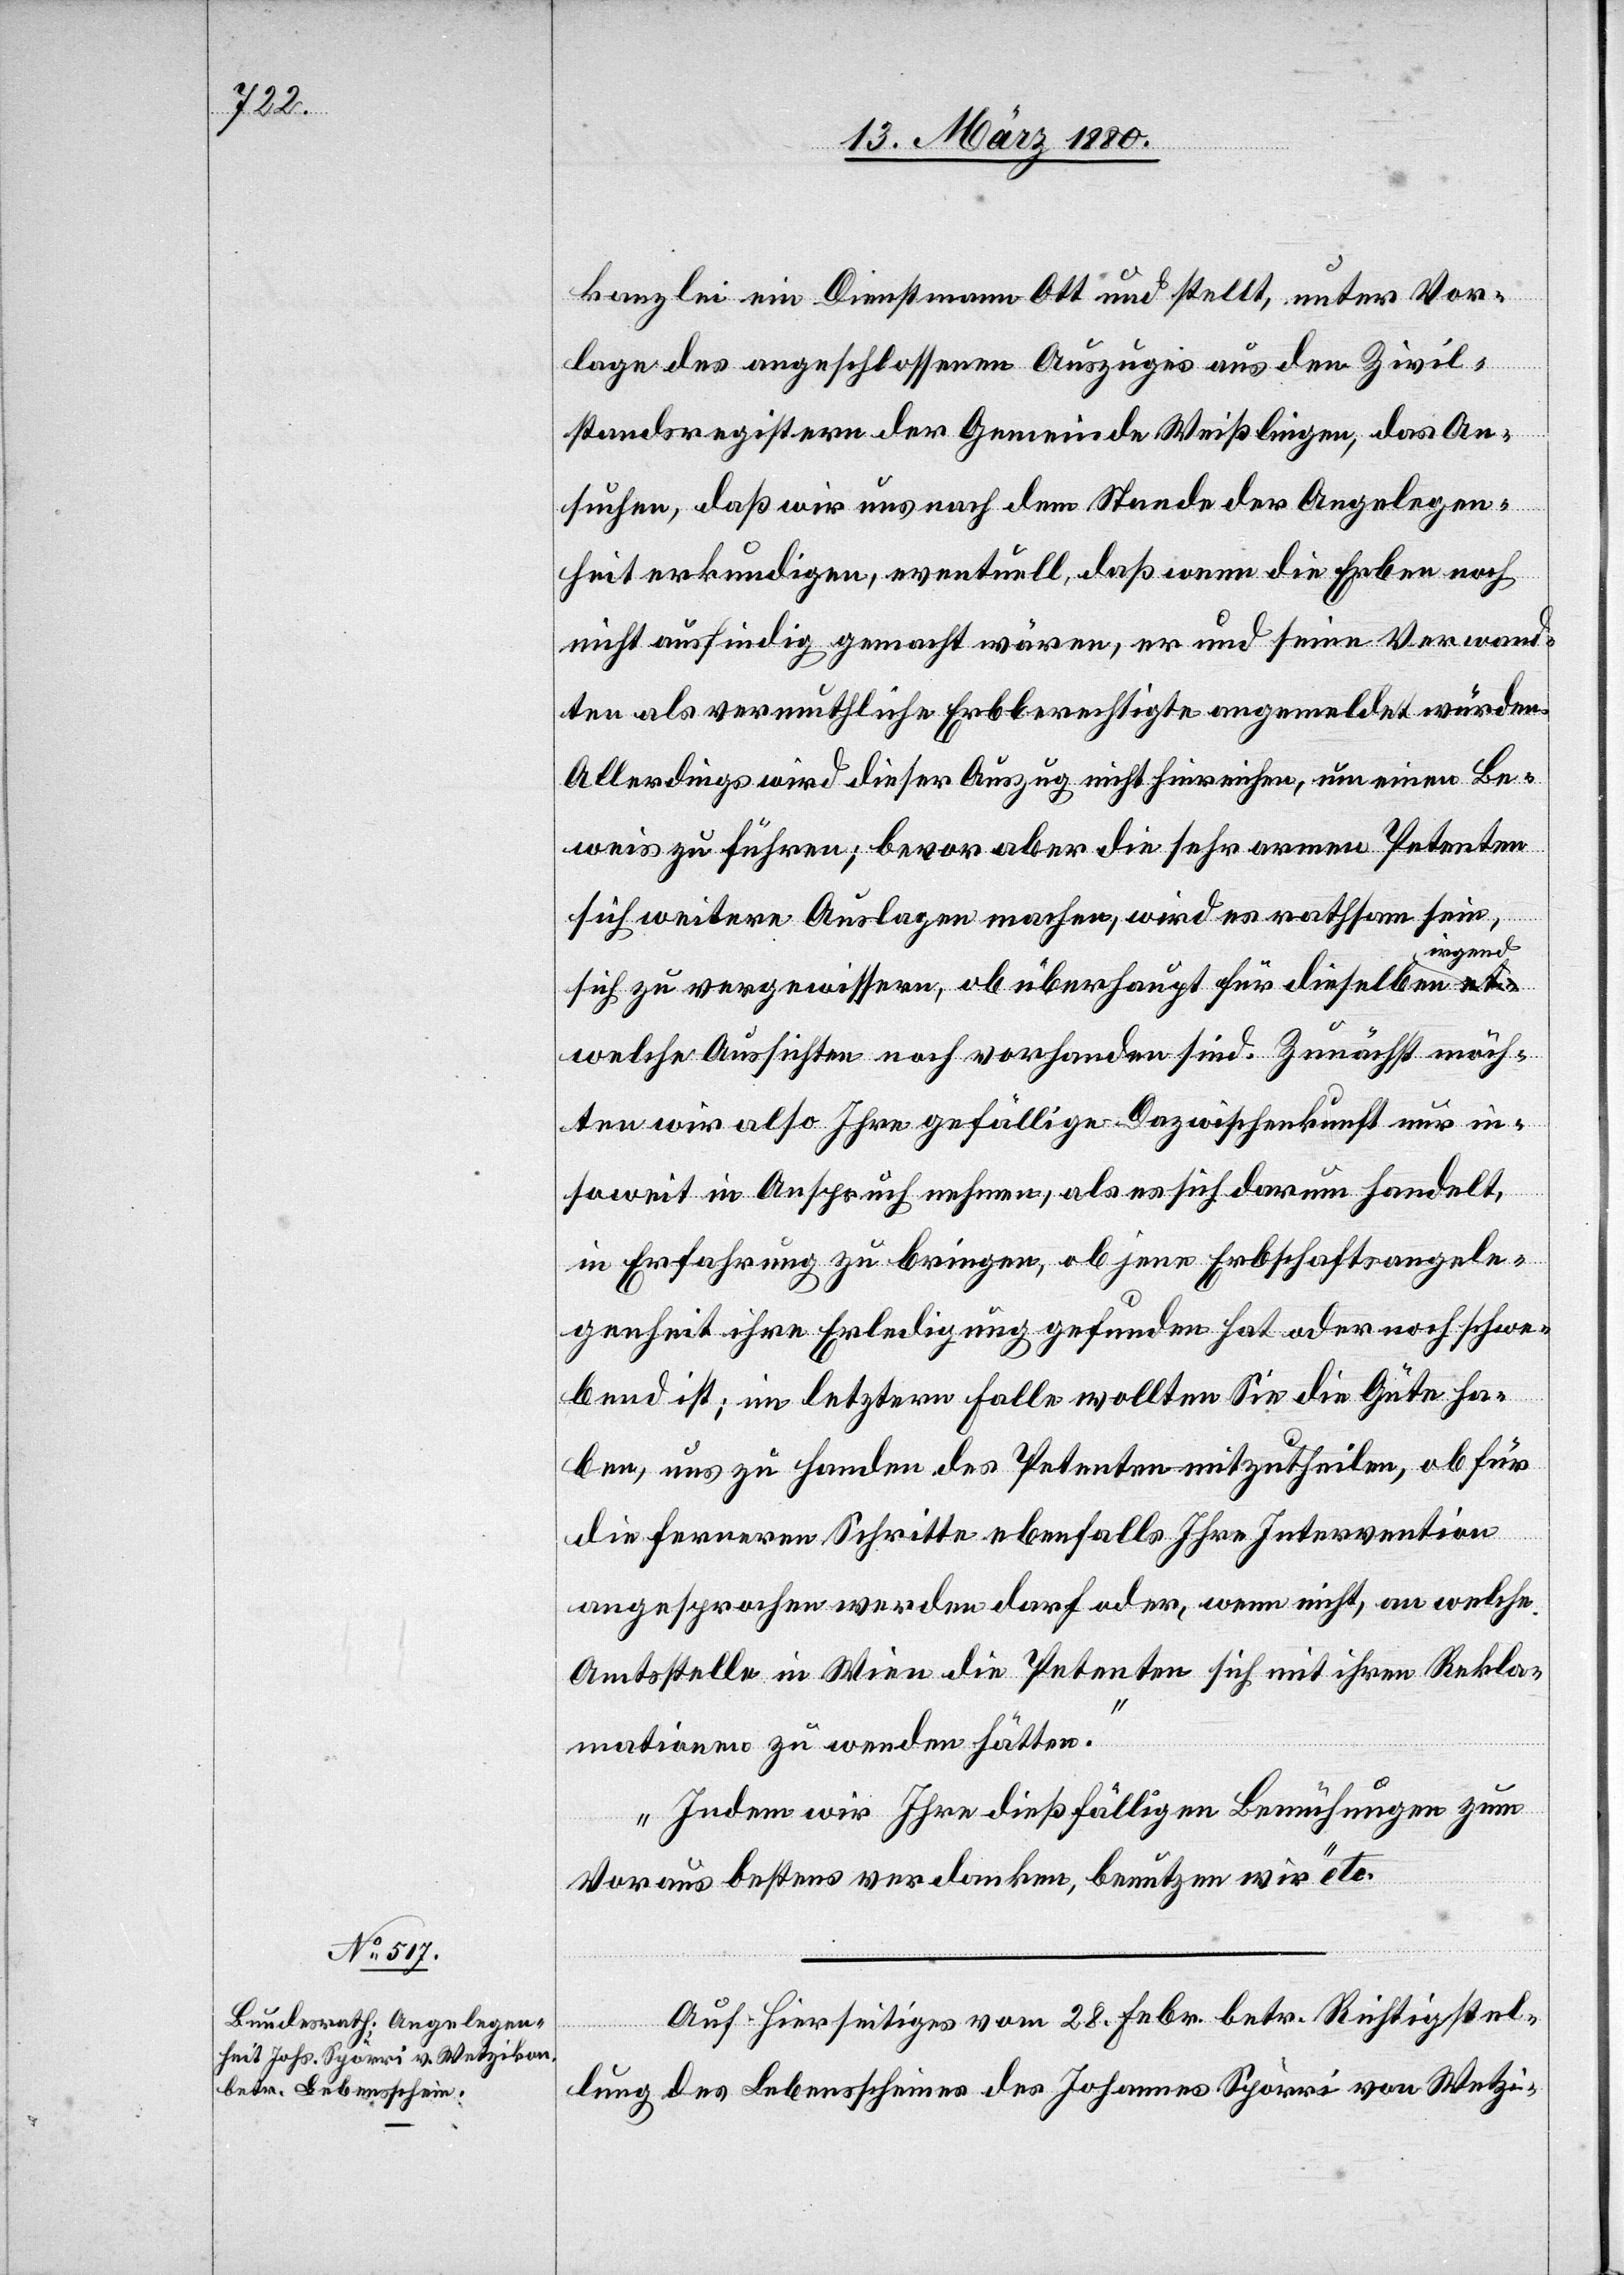
19. März 1880.]
kanzlei ein Dienstmann Ott und stellt, unter Vor¬
lage des angeschlossenen Auszuges aus den Zivil¬
standsregistern der Gemeinde Weißlingen, das An¬
suchen, daß wir uns nach dem Stande der Angelegen¬
heit erkundigen, eventuell, daß wenn die Erben noch
nicht ausfindig gemacht wären, er und seine Verwand¬
ten als vermuthliche Erbberechtigte angemeldet würden.
Allerdings wird dieser Auszug nicht hinreichen, um einen Be¬
weis zu führen; bevor aber die sehr armen Petenten
sich weitere Auslagen machen, wird es rathsam sein,
rgend¬
sich zu vergewissern, ob überhaupt für dieselben i¬
welche Aussichten noch vorhanden sind. Zunächst möch¬
ten wir also Ihre gefällige Dazwischenkunft nur in¬
soweit in Anspruch nehmen, als es sich darum handelt,
in Erfahrung zu bringen, ob jene Erbschaftsangele¬
genheit ihre Erledigung gefunden hat oder noch schwe¬
bend ist; im letztern Falle wollten Sie die Güte ha¬
ben, uns zu Handen des Petenten mitzutheilen, ob für
die ferneren Schritte ebenfalls Ihre Intervention
angesprochen werden darf oder, wenn nicht, an welche
Amtsstelle in Wien die Petenten sich mit ihren Rekla¬
mationen zu wenden hätten.
Indem wir Ihre dießfälligen Bemühungen zum
Voraus bestens verdanken, benutzen wir“ etc.
Auf hierseitiges vom 28. Febr. betr. Richtigstel¬
lung des Lebensscheines des Johannes Spörri von Wetzi-